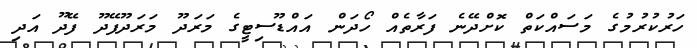
ހަރުކުރުމުގެ މަސައްކަތް ކޮށްދޭނެ ފަރާތެއް ހޯދަން އައްޑޫސިޓީގެ މަރަދޫ މަރަދޫފޭދޫ ފޭދޫ އަދި